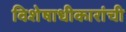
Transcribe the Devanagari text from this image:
विशेषाधीकारांची